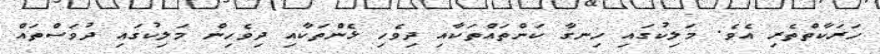
ހަރަކާތްތެރި އެވެ. މަލިކުގައި ހިނގާ ކަންތައްތަކާއި ދިވެހި ޅެންތަކާއި ދިވެހިން މަލިކުގައި ދުވަސްތައް